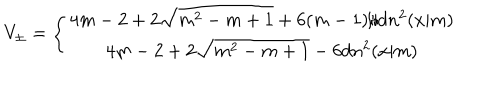
V _ { \pm } = \left\{ \begin{matrix} { { 4 m - 2 + 2 \sqrt { m ^ { 2 } - m + 1 } + 6 ( m - 1 ) / d n ^ { 2 } ( x | m ) } } \\ { { 4 m - 2 + 2 \sqrt { m ^ { 2 } - m + 1 } - 6 d n ^ { 2 } ( x | m ) } } \\ \end{matrix} \right.